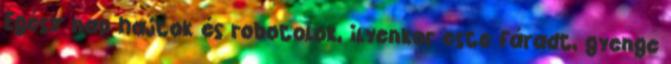
Egész nap hajtok és robotolok, ilyenkor este fáradt, gyenge